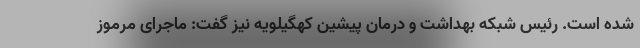
شده است. رئیس شبکه بهداشت و درمان پیشین کهگیلویه نیز گفت: ماجرای مرموز